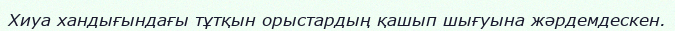
Хиуа хандығындағы тұтқын орыстардың қашып шығуына жәрдемдескен.